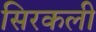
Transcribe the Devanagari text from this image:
सिरकली